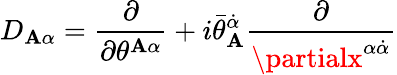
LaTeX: D_{\mathbf{A}\alpha}={\frac{{\partial}}{{\partial\theta^{\mathbf{A}\alpha}}}}+i\bar{{\theta}}_{\mathbf{A}}^{\dot{{\alpha}}}{\frac{{\partial}}{{\partialx^{\alpha\dot{{\alpha}}}}}}